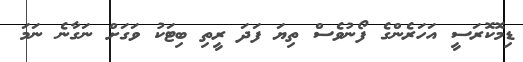
ޑިމޮކޮރަސީ އަހަރެންގެ ފޯނުވެސް ތިޔަ ފަދަ ރީތި ބިޓަކު ވަގަށް ނަގާނެ ނަމަ